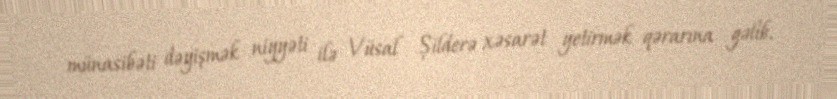
münasibəti dəyişmək niyyəti ilə Vüsal Şilderə xəsarət yetirmək qərarına gəlib.